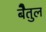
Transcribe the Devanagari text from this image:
बेैतुल